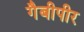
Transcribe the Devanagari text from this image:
गैबीपीर